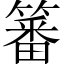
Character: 䉒